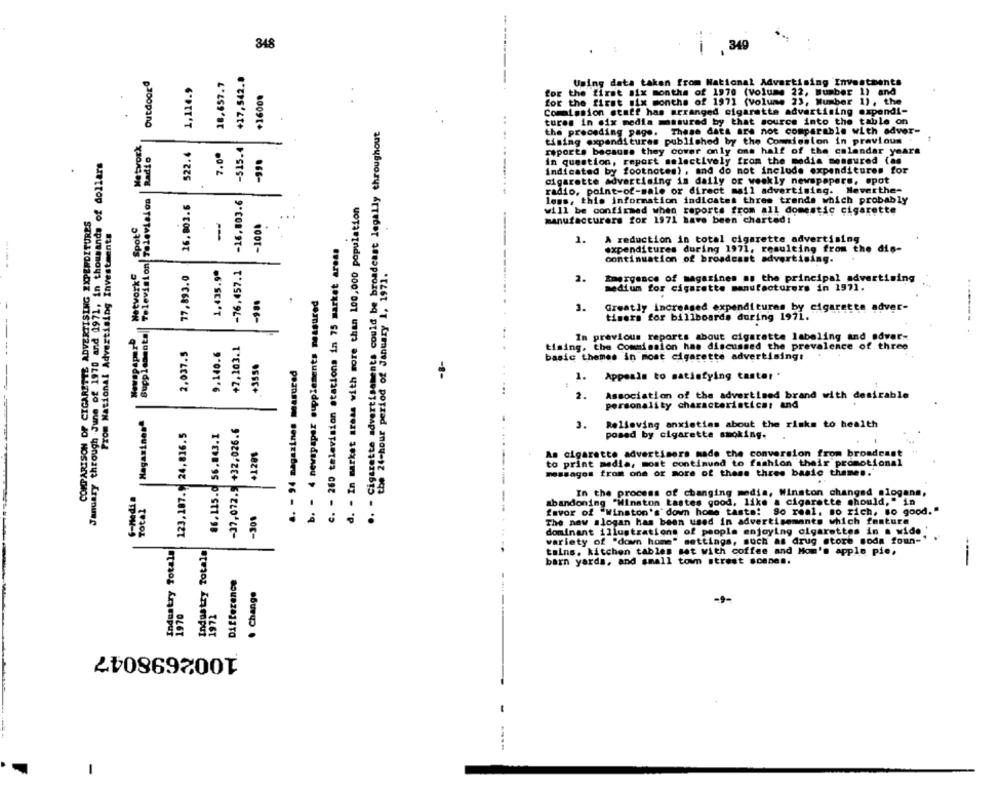
348
i , 349
-
Outdoorª
1,114.9
18.657.7
+17,542.
+1600.
Using data taken from National Advertising Investments
for the first six months of 1970 (volume 22, Mumber 1) and
for the first six months of 1971 (volume 23, Number 1), the
....
Comission staff has arranged cigarette advertising expendi-
.. - Cigarette advertisements could be broadcast legally throughout
tures in six media masured by that source into the table on
the preceding page. These data are not comparable with adver-
Network
-$15.4
timing expenditures published by the Commission in previous
Radio
522.4
7.00
reports because they cover only one half of the calendar yeara
January through .June of 1970 and 1971, in thousands of dollars
in question, report selectively from the media measured (as
Indicated by footnotes), and do not include expenditures for
cigarette advertising is daily or weekly newspapers, spot
radio, point-of-sale or direct mail advertising. Neverthe-
Television Television
16.803.6
-16,803.6
less, this information indicates three trends which probably
d. - In market areas with more than 100,000 population
COMPARISON OF CIGARETTE ADVERTISING EXPENDITURES
will be confirmed when reports from all domestic cigarette
SpotC
--
-100.
--------
manufacturers for 1971 have been chartedi
From National Advertising Investments
A reduction in total cigarette advertising
c. - 260 television stations in 75 market areas
1.
expenditures during 1971, resulting from the dis-
continuation of broadcast advertising.
NetworkG
77,893.0
1,435.9ª
-76,457.1
the 24-hour period of January 1, 1971.
2.
Emergence of magazines as the principal advertising
-----....
-100
b. - 4 newspaper supplements measured
medium for cigarette manufacturers in 1971.
3.
Greatly increased expenditures by cigarette adver-
timers for billboards during 1971.
Supplements
NewspaperD
+7,103.1
In previous reports about cigarette labeling and adver-
2,037.5
9.140.6
tising. the Commission has discussed the prevalence of three
+3556
-8-
basic themes in most cigarette advertising:
a. - 94 magazines measured
1.
Appeals to satisfying taster .
2.
Association of the advertised brand with desirable
personality characteristics: and
Magazines"
-37,072.5 +32,026.6
123,187.9 24,816.5
86.115.0 56.843.1
3.
Relieving anxieties about the risks to health
posed by cigarette smoking.
+1281
As cigarette advertisers made the conversion from broadcast
to print media, most continued to fashion their promotional
messages from one or more of these three basic themes."
6-Media
In the process of changing media, Winston changed slogans,
Total
-308
abandoning "Winston Lastes good, like a cigarette should," in
favor of "Winston's down home taste: 90 real, so rich, so good."
The new slogan has been used in advertisements which feature
dominant illustrations of people enjoying cigarettes in a wide '
---
Industry Totale
Industry Totala
variety of "down home" settings, such as drug store soda foun -!
tains. kitchen tables set with coffee and Mom's apple pie.
barn yards, and small town street sonnen.
Difference
. Change
-9-
1002698047
-